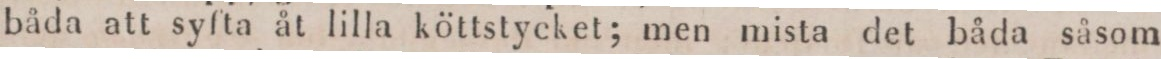
båda att syfta åt lilla köttstycket; men mista det båda såsom